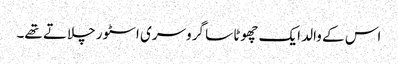
اس کے والد ایک چھوٹا سا گروسری اسٹور چلاتے تھے۔